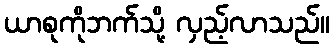
ယာစုကိုဘက်သို့ လှည့်လာသည်။